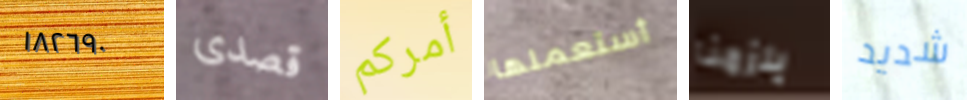
١٨٢٦٩٠ قصدى أمركم أستعملها يلزمنا شديد